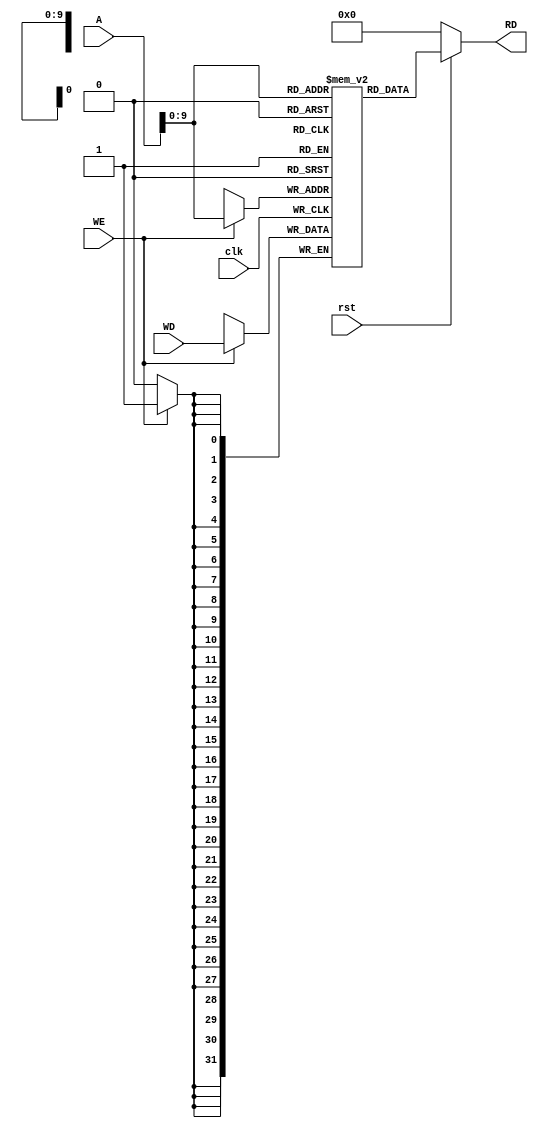
// Amirhossein Chami
module Data_Memory(clk,rst,WE,WD,A,RD);

    input clk,rst,WE;
    input [31:0]A,WD;
    output [31:0]RD;

    reg [31:0] mem [1023:0];

    always @ (posedge clk)
    begin
        if(WE)
            mem[A] <= WD;
    end

    assign RD = (~rst) ? 32'd0 : mem[A];

    initial begin
        mem[28] = 32'h00000020;
      //mem[40] = 32'h00000002;
    end
endmodule